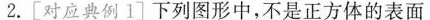
2.[对应典例1]下列图形中，不是正方体的表面